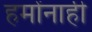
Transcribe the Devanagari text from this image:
हमोंनाही